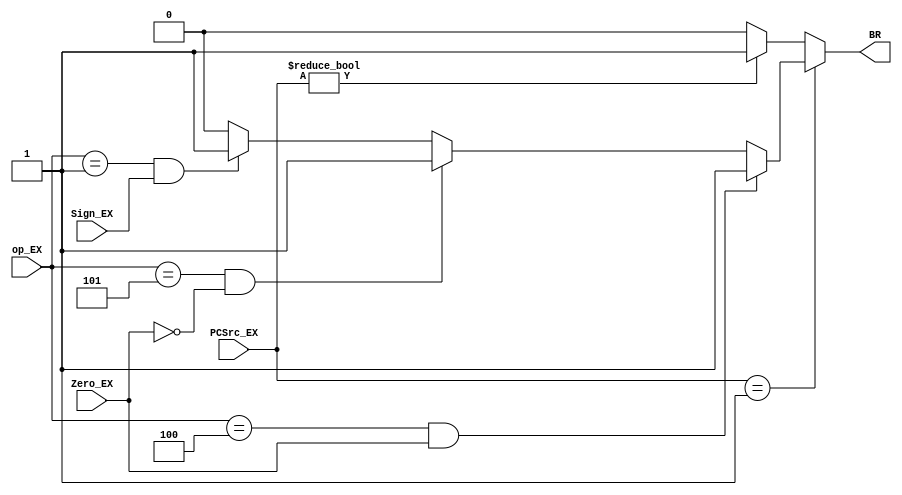
`timescale 1ns / 1ps
//////////////////////////////////////////////////////////////////////////////////
// Company: 
// Engineer: 
// 
// Design Name: 
// Module Name: br_control
// Project Name: 
// Target Devices: 
// Tool Versions: 
// Description: 
// 
// Dependencies: 
// 
// Revision:
// Revision 0.01 - File Created
// Additional Comments:
// 
//////////////////////////////////////////////////////////////////////////////////


module br_control(
    input [5:0] op_EX,
    input [1:0] PCSrc_EX,
    input Sign_EX,
    input Zero_EX,
    output reg BR
    );
    
    parameter BEQ = 6'b000100;
    parameter BNE = 6'b000101;
    parameter BLTZ = 6'b000001;    
    
    
    always@(*) begin
        if(PCSrc_EX == 2'b01) begin
           BR = (op_EX==BEQ&&Zero_EX==1)?1'b1:(op_EX==BNE&&Zero_EX==0)?1'b1:(op_EX==BLTZ&&Sign_EX==1)?1'b1:1'b0;
        end
        else if(PCSrc_EX != 2'b00) begin
            BR = 1'b1;
        end
        else begin
            BR = 1'b0;
        end
    end
endmodule